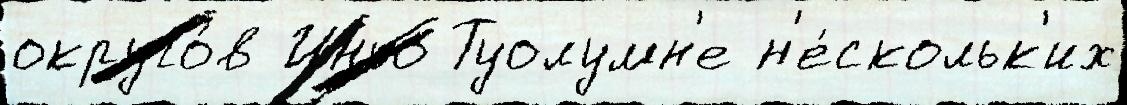
округо́в Иньо Туолумн'е н'е́скольк'их